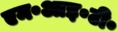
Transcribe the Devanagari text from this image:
एम॰आइ॰टी॰